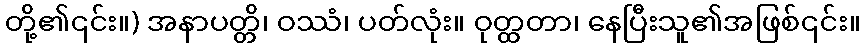
တို့၏၎င်း။) အနာပတ္တိ၊ ဝဿံ၊ ပတ်လုံး။ ဝုတ္ထတာ၊ နေပြီးသူ၏အဖြစ်၎င်း။